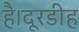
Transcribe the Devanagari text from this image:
है।दूरडीह